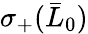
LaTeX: \sigma_{+}(\bar{L}_{0})